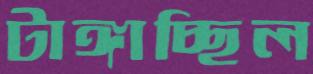
টাঙ্গাচ্ছিল